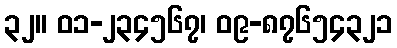
၃၂။ ၀၁-၂၃၄၅၆၇၊ ၀၉-၈၇၆၅၄၃၂၁